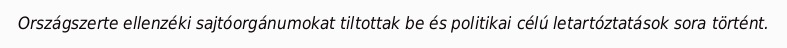
Országszerte ellenzéki sajtóorgánumokat tiltottak be és politikai célú letartóztatások sora történt.